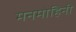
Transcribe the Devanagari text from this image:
मनमोहिनी